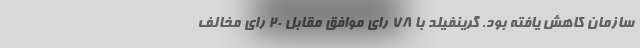
سازمان کاهش یافته بود. گرینفیلد با ۷۸ رای موافق مقابل ۲۰ رای مخالف